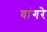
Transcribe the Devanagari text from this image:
वांगरे